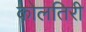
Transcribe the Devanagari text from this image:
कोलतिरी